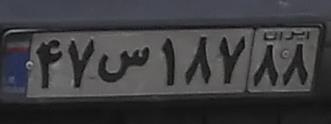
۴۷س۱۸۷۸۸